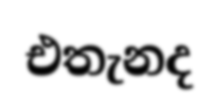
එතැනද